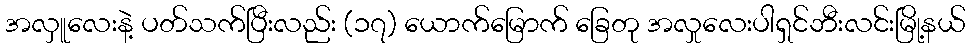
အလှူလေးနဲ့ ပတ်သက်ပြီးလည်း (၁၇) ယောက်မြောက် ခြေတု အလှုလေးပါရှင်ဘီးလင်းမြို့နယ်